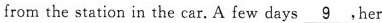
from the station in the car. A few days\underline{9},her